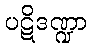
ပဋိဒဏ္ဍာ